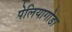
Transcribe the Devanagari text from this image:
पेलियागोडा